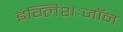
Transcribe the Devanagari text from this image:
इंग्लिशःजॉन